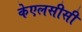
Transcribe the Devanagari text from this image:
केएलसीसी